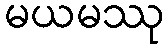
မယမဿု